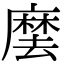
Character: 𭙽